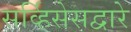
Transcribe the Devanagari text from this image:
सर्व्हिसेसद्वारे